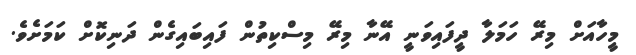
މީހާއަށް މިރޭ ހަމަލާ ދީފައިވަނީ އޭނާ މިރޭ މިސްކިތުން ފައިބައިގެން ދަނިކޮށް ކަމަށެވެ.